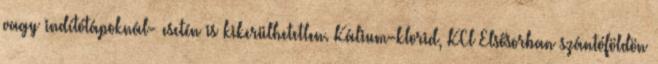
vagy indítótápoknál- esetén is kikerülhetetlen. Kálium-klorid, KCl Elsősorban szántóföldön